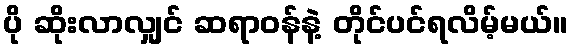
ပို ဆိုးလာလျှင် ဆရာဝန်နဲ့ တိုင်ပင်ရလိမ့်မယ်။